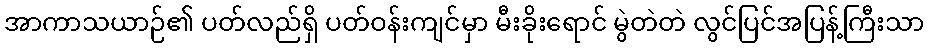
အာကာသယာဉ်၏ ပတ်လည်ရှိ ပတ်ဝန်းကျင်မှာ မီးခိုးရောင် မွဲတဲတဲ လွင်ပြင်အပြန့်ကြီးသာ